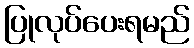
ပြုလုပ်ပေးရမည်